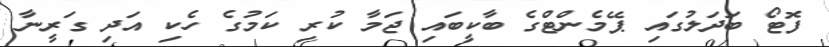
ފޮޓޯ ބަދަލުގައި ޕޭމެންޓްގެ ބާކީބައި ޖަމާ ކުރި ކަމުގެ ހެކި އަދި ގަރީނާ